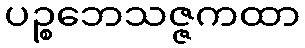
ပဉ္စဘေသဇ္ဇကထာ